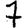
Digit: 7